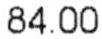
84.00